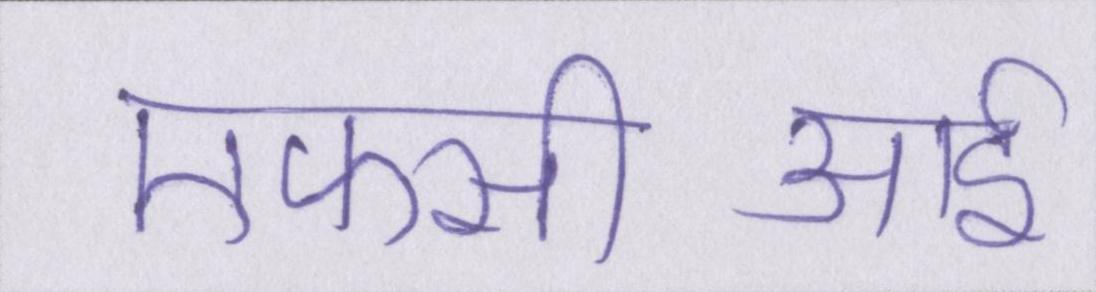
एफसीआई